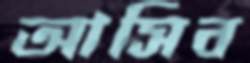
আসিব